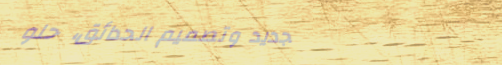
تجديد وتصميم الحدائق، حلو